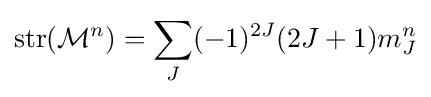
{\text{str}}({\mathcal {M}}^{n})=\sum _{J}(-1)^{2J}(2J+1)m_{J}^{n}